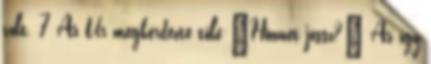
volt. 7 Az Úr megkérdezte tőle:"Honnét jössz?" Az így